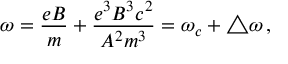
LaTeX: \omega = \frac { e B } { m } + \frac { e ^ { 3 } B ^ { 3 } c ^ { 2 } } { A ^ { 2 } m ^ { 3 } } = \omega _ { c } + \bigtriangleup \omega \, { , }